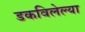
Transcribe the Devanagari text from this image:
डकविलेल्या